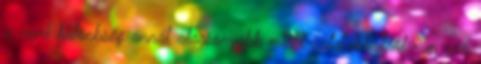
a nemi különbség annál alacsonyabb minél ﬁatalabbakról van szó